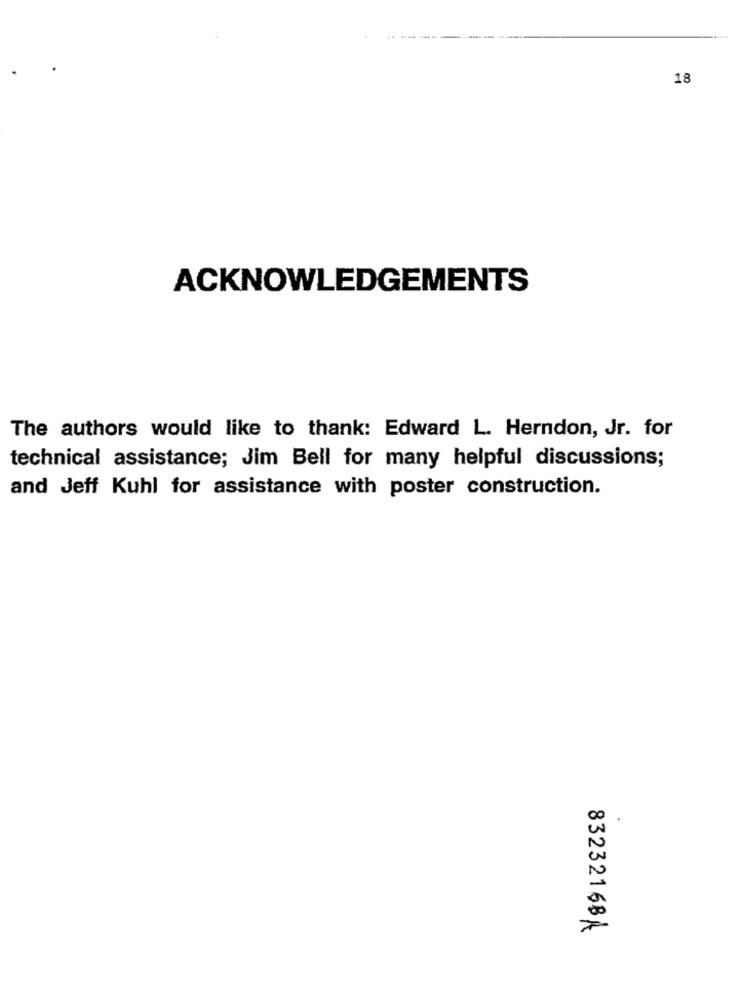
18
ACKNOWLEDGEMENTS
The authors would like to thank: Edward L. Herndon, Jr. for
technical assistance; Jim Bell for many helpful discussions;
and Jeff Kuhl for assistance with poster construction.
83232168A